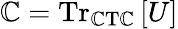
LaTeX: \mathbb{C}={\mathrm{{Tr}}}_{\mathrm{{\mathbb{C}T\mathbb{C}}}}\left[U\right]